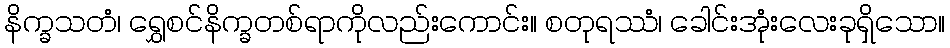
နိက္ခသတံ၊ ရွှေစင်နိက္ခတစ်ရာကိုလည်းကောင်း။ စတုရဿံ၊ ခေါင်းအုံးလေးခုရှိသော။